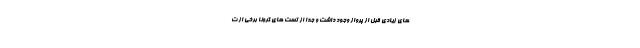
های زیادی قبل از پرواز وجود داشت و جدا از تست های کرونا برخی از ت